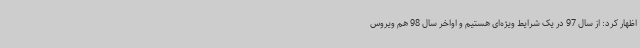
اظهار کرد: از سال 97 در یک شرایط ویژه‌ای هستیم و اواخر سال 98 هم ویروس